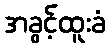
အခွင့်ထူးခံ